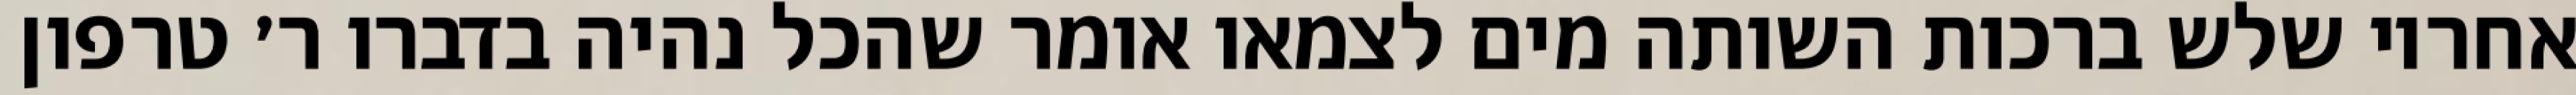
אחריו שלש ברכות השותה מים לצמאו אומר שהכל נהיה בדברו ר׳ טרפון